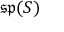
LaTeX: { \mathfrak { s p } } ( S )